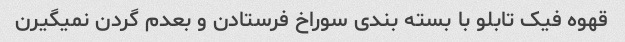
قهوه فیک تابلو با بسته بندی سوراخ فرستادن و بعدم گردن نمیگیرن